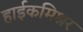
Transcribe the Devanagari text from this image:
हाईकमिश्नर